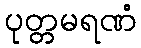
ပုတ္တမရဏံ